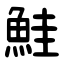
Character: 鮭